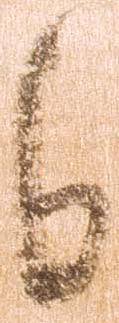
日